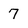
Character: 7